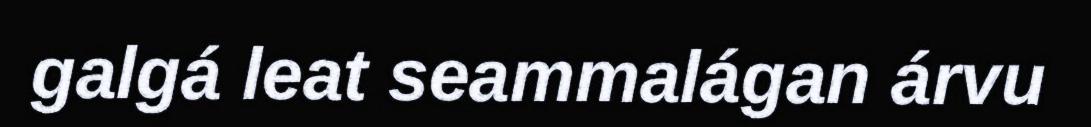
galgá leat seammalágan árvu